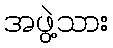
အဖွဲ့သား